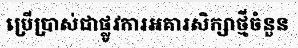
ប្រើប្រាស់ជាផ្លូវការអគារសិក្សាថ្មីចំនួន